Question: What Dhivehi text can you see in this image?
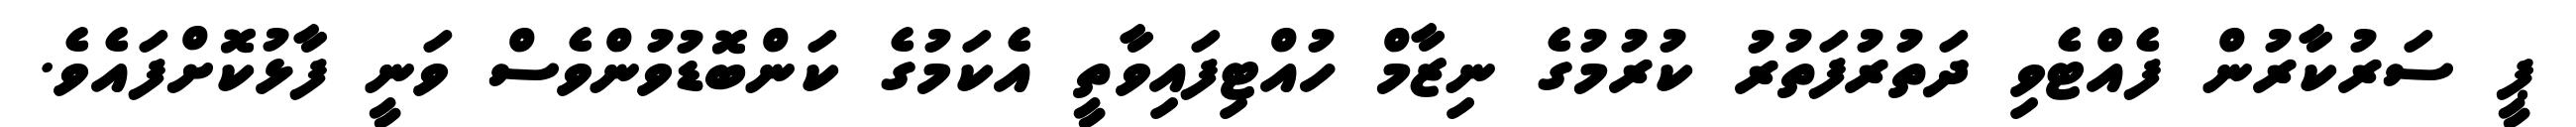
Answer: ޕީ ސަރުކާރުން ފެއްޓެވި ދަތުރުފަތުރު ކުރުމުގެ ނިޒާމް ހުއްޓިފައިވާތީ އެކަމުގެ ކަންބޮޑުވުންވެސް ވަނީ ފާޅުކޮށްފައެވެ.